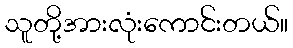
သူတို့အားလုံးကောင်းတယ်။